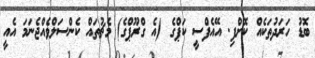
ބޮޑު ހަރަދުތަކެއް ކޮށްފި. އޭއެފްސީ ކަޕްގެ (އެ ގްރޫޕްގެ) މެޗުތައް ކެންސަލްވެއްޖެނަމަ އެއީ